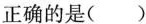
正确的是( )